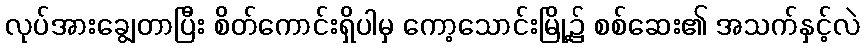
လုပ်အားချွေတာပြီး စိတ်ကောင်းရှိပါမှ ကော့သောင်းမြို့၌ စစ်ဆေး၏ အသက်နှင့်လဲ